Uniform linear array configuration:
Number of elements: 24
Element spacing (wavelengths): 0.5
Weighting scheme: binomial
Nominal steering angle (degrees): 0
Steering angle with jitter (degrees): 0.9634
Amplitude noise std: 0.05
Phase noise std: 0.05

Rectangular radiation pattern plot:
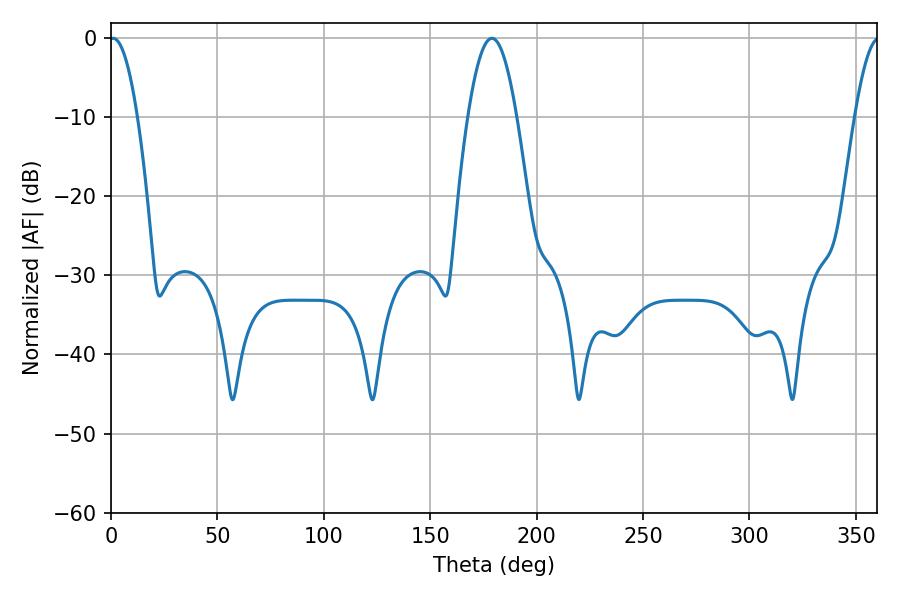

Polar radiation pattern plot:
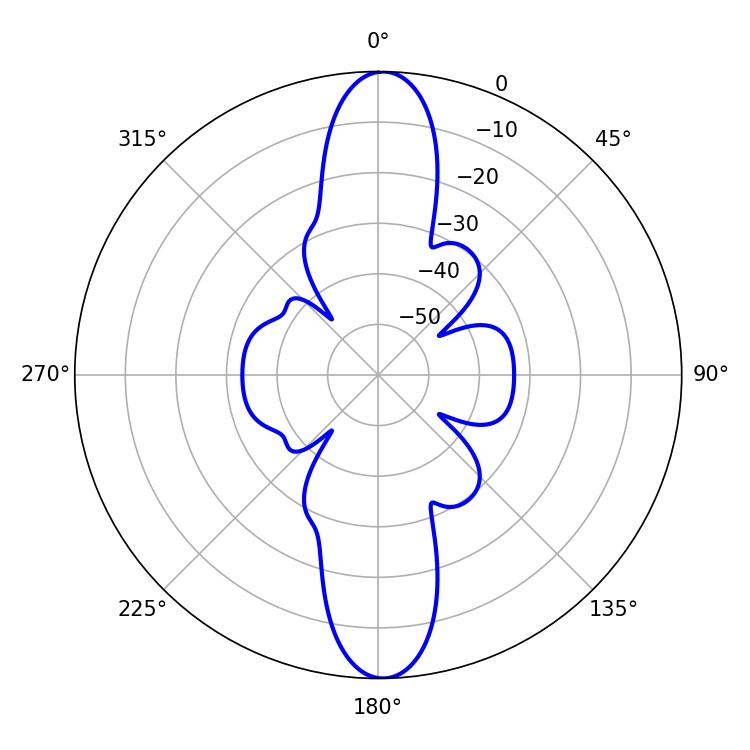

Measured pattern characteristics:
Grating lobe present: FALSE
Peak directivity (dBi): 24.296
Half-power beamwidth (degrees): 7.2
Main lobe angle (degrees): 1.08